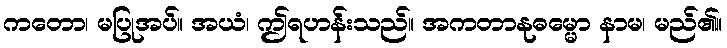
ကတော၊ မပြုအပ်။ အယံ၊ ဤရဟန်းသည်။ အကတာနုဓမ္မော နာမ၊ မည်၏။